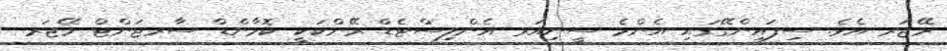
މޭޖަރ އެވެ. ސިފައިންގޭގައި އެންމެ ސީނިއަރ އެންލިސްޓެޑް ރޭންކަކީ ކޮމާންޑް ސާރޖަންޓް މޭޖަރ